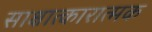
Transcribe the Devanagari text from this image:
साक्षात्कारात्मक